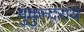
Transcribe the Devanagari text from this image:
मुकुन्दराय